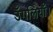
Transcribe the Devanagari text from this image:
उँगलियाँ।